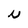
Character: N